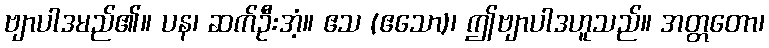
ဗျာပါဒမည်၏။ ပန၊ ဆက်ဦးအံ့။ ဧသ (ဧသော)၊ ဤဗျာပါဒဟူသည်။ အတ္တတော၊